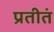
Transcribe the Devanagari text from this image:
प्रतीतं